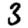
Digit: 3